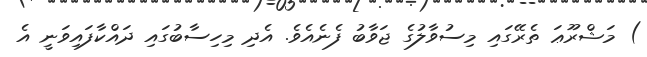
) މަޝްރޫޢަ ތެރޭގައި މިސުވާލުގެ ޖަވާބު ފެނެއެވެ. އެދި މިހިސާބުގައި ދައްކާފައިވަނީ އެ